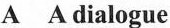
A A dialogue